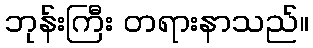
ဘုန်းကြီး တရားနာသည်။